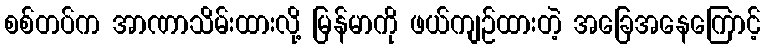
စစ်တပ်က အာဏာသိမ်းထားလို့ မြန်မာကို ဖယ်ကျဉ်ထားတဲ့ အခြေအနေကြောင့်